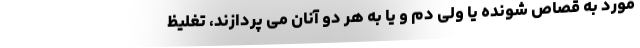
مورد به قصاص شونده یا ولی دم و یا به هر دو آنان می پردازند، تغلیظ